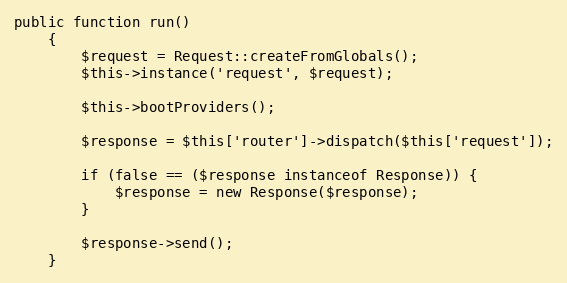
Language: PHP
public function run()
	{
		$request = Request::createFromGlobals();
		$this->instance('request', $request);

		$this->bootProviders();

		$response = $this['router']->dispatch($this['request']);

		if (false == ($response instanceof Response)) {
			$response = new Response($response);
		}

		$response->send();
	}